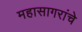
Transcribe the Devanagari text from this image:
महासागरांचे